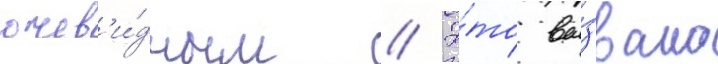
очев'и́дным // Э́то вы́звало